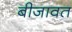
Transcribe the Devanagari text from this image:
बीजावत